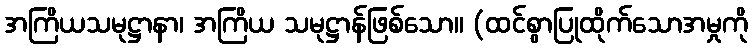
အကြိယသမုဋ္ဌာနာ၊ အကြိယ သမုဋ္ဌာန်ဖြစ်သော။ (ထင်စွာပြုထိုက်သောအမှုကို